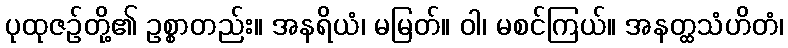
ပုထုဇဉ်တို့၏ ဥစ္စာတည်း။ အနရိယံ၊ မမြတ်။ ဝါ၊ မစင်ကြယ်။ အနတ္ထသံဟိတံ၊